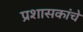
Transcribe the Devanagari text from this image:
प्रशासकांचे